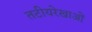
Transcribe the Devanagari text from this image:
तटीयरेखाओं